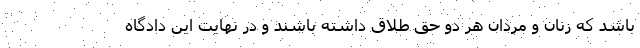
باشد که زنان و مردان هر دو حق طلاق داشته باشند و در نهایت این دادگاه